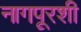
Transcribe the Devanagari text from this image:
नागपूरशी